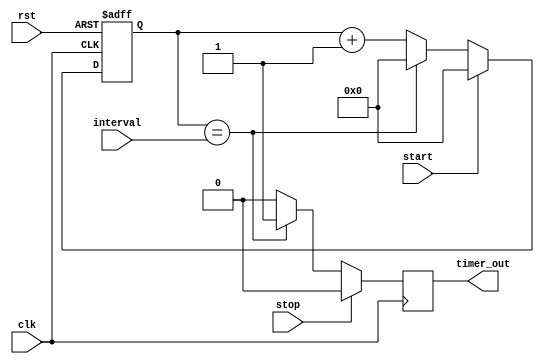
module interval_timer (
    input wire clk,
    input wire rst,
    input wire start,
    input wire stop,
    input wire [31:0] interval,
    output reg timer_out
);

reg [31:0] counter;

always @ (posedge clk or posedge rst)
begin
    if (rst)
        counter <= 0;
    else if (start)
        counter <= 0;
    else if (counter == interval)
        counter <= 0;
    else
        counter <= counter + 1;
end

always @ (posedge clk)
begin
    if (stop)
        timer_out <= 0;
    else if (counter == interval)
        timer_out <= 1;
    else
        timer_out <= 0;
end

endmodule